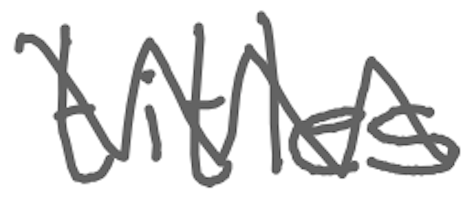
Text: titles
Cross-out: zig-zag
Writing tool: digital_gray